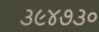
૩૯૪૭૩૦